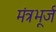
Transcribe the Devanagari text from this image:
मंत्रभूर्ज